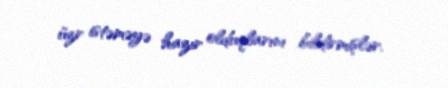
üzr istəməyə hazır olduqlarını bildirmişlər.